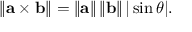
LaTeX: \left\| \mathbf { a } \times \mathbf { b } \right\| = \left\| \mathbf { a } \right\| \left\| \mathbf { b } \right\| | \sin \theta | .